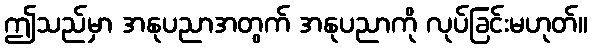
ဤသည်မှာ အနုပညာအတွက် အနုပညာကို လုပ်ခြင်းမဟုတ်။